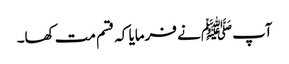
آپﷺ نے فرمایا کہ قسم مت کھا۔